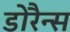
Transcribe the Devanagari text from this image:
डोरैन्स